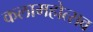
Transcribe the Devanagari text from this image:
कलामहोत्सव